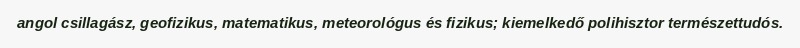
angol csillagász, geofizikus, matematikus, meteorológus és fizikus; kiemelkedő polihisztor természettudós.